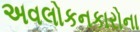
અવલોકનકારોના